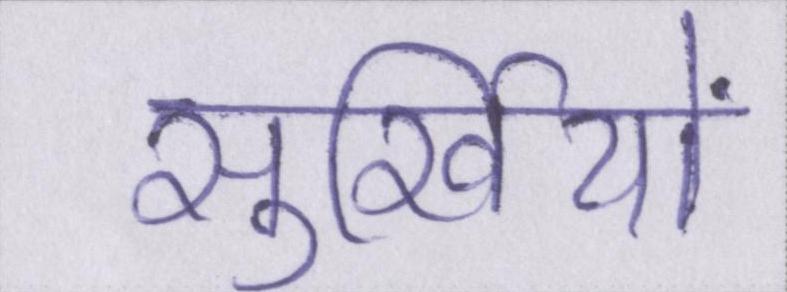
सुर्खियों